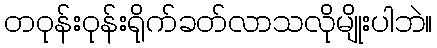
တဝုန်းဝုန်းရိုက်ခတ်လာသလိုမျိုးပါဘဲ။